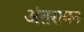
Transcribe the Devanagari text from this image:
अंतरायन